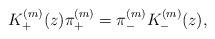
LaTeX: \begin{align*}K_+^{(m)}(z)\pi_+^{(m)}=\pi_-^{(m)}K_-^{(m)}(z), \end{align*}